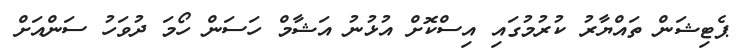
ޕެޓިޝަން ތައްޔާރު ކުރުމުގައި އިސްކޮށް އުޅުނު އަޝާމް ހަސަން ހޯމަ ދުވަހު ސަންއަށް